Lock hospitals Punjab
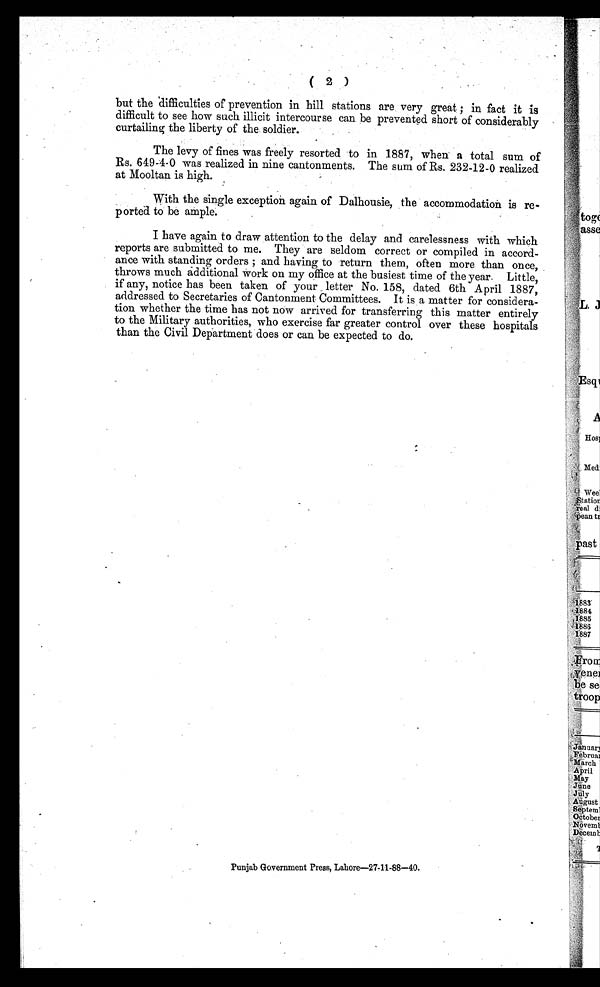
( 2)
but the difficulties of prevention in hill stations are very great ; in fact it is
difficult to see how such illicit intercourse can be prevented short of considerably
curtailing the liberty of the soldier.
The levy of fines was freely resorted to in 1887, when a total sum of
Rs. 649-4-0 was realized in nine cantonments. The sum of Rs. 232-12-0 realized
at Mooltan is high.
With the single exception again of Dalhousie, the accommodation is re-
ported to be ample.
I have again to draw attention to the delay and carelessness with which
reports are submitted to me. They are seldom correct or compiled in accord-
ance with standing orders and having to return them, often more than once,
throws much additional work on my office at the busiest time of the year. Little,
if any, notice has been taken of your letter No. 158, dated 6th April 1887,
addressed to Secretaries of Cantonment Committees. It is a matter for considera-
tion whether the time has not now arrived for transferring this matter entirely
to the Military authorities, who exercise far greater control over these hospitals
than the Civil Department does or can be expected to do.
Punjab Government Press, Lahore-27-11-88-40.